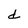
Character: d